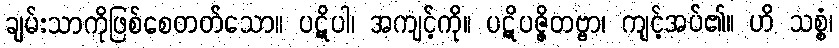
ချမ်းသာကိုဖြစ်စေတတ်သော။ ပဋိပါ၊ အကျင့်ကို။ ပဋိပဇ္ဇိတဗ္ဗာ၊ ကျင့်အပ်၏။ ဟိ သစ္စံ၊